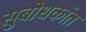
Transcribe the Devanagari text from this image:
सुबोधकांत